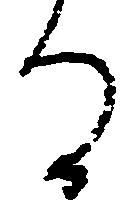
る